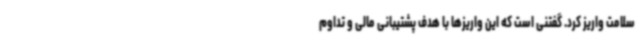
سلامت واریز کرد. گفتنی است که این واریزها با هدف پشتیبانی مالی و تداوم